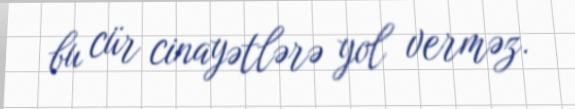
bu cür cinayətlərə yol verməz.